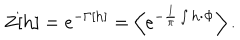
LaTeX: Z [ { \bf h } ] = e ^ { - \Gamma \left[ { \bf h } \right] } = \left< e ^ { - \frac { 1 } { \pi } \int { \bf h \cdot \Phi } } \right> .